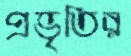
প্রভৃতির